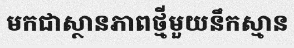
មកជាស្ថានភាពថ្មីមួយនឹកស្មាន